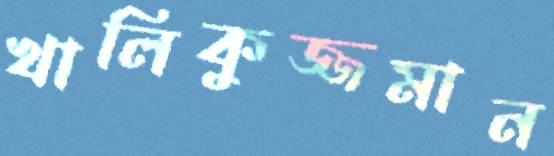
খালিকুজ্জমান